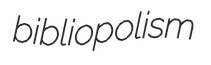
bibliopolism